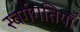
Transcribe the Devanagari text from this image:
स्वर्गगतियाँ